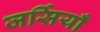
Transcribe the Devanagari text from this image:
जर्सियाँ